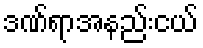
ဒဏ်ရာအနည်းငယ်